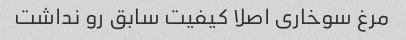
مرغ سوخاری اصلا کیفیت سابق رو نداشت